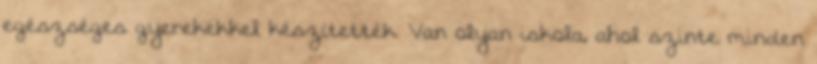
egészséges gyerekekkel készítették. Van olyan iskola, ahol szinte minden